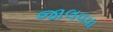
જાલવવા